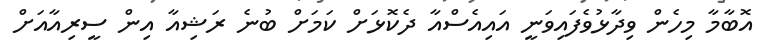
އޮބާމާ މިހެން ވިދާޅުވެފައިވަނީ އައިއެސްއާ ދެކޮޅަށް ކަމަށް ބުނެ ރަޝިއާ އިން ސީރިއާއަށް